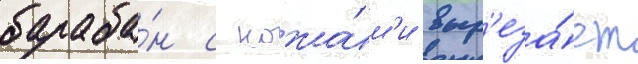
бараба́н с ножа́м'и выр'еза́ет